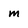
Character: m